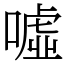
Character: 噓